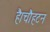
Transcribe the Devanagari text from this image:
है।चौहटन